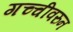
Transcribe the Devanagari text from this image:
गच्चीवरुन